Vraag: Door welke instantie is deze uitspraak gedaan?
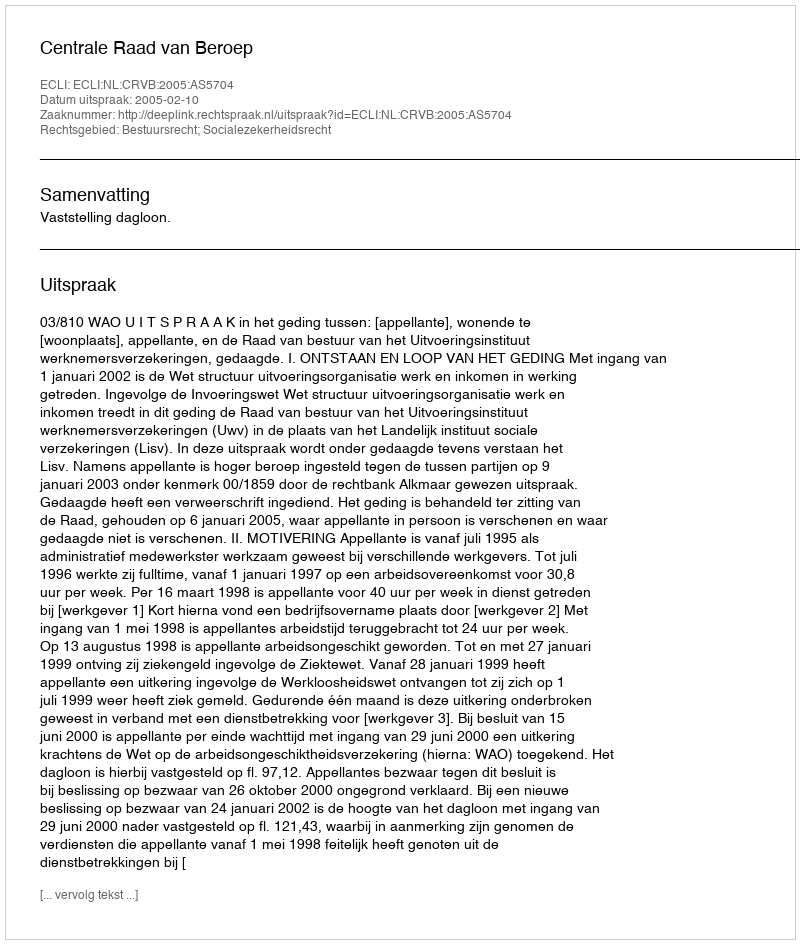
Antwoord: Centrale Raad van Beroep